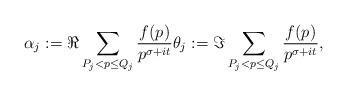
LaTeX: \begin{align*}\alpha_j := \Re \sum_{P_j < p \leq Q_j} \frac{f(p)}{p^{\sigma +it}} \theta_j := \Im \sum_{P_j < p \leq Q_j} \frac{f(p)}{p^{\sigma+it}},\end{align*}